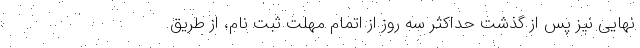
نهایی نیز پس از گذشت حداکثر سه روز از اتمام مهلت ثبت نام، از طریق